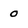
Character: 0